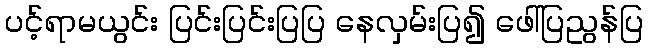
ပင့်ရာမယွင်း ပြင်းပြင်းပြပြ နေလှမ်းပြ၍ ဖေါ်ပြညွန်ပြ